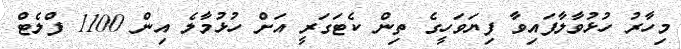
މިހާރު ހުޅުވާލާފައިވާ ފިޔަވަހީގެ ތިން ކެޓަގަރީ އަށް ހުޅުމާލެ އިން 1100 ފްލެޓް